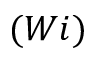
( W i )